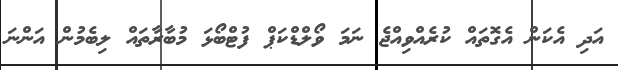
އަދި އެކަން އެގޮތައް ކުރެއްވިއްޖެ ނަމަ ވޯލްޑްކަޕް ފުޓްބޯޅަ މުބާރާތައް ލިބެމުން އަންނަ